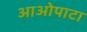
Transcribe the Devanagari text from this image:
आओपाटा